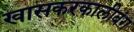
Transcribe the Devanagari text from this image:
खासकरकालीबंग